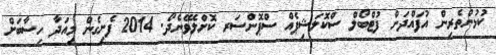
ކުޅުންތެރިން އުފައްދަން ފުޓްބޯލް ސްކޮލަޝިޕެއް ސްޕޮންސަރ ކޮށްލެވޭނެދޯ. 2014 ފެށިގެން މިއަދާ ހިސާބަށް